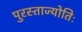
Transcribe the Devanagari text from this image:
पुरस्ताज्योतिः